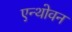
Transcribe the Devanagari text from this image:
एन्थोवन